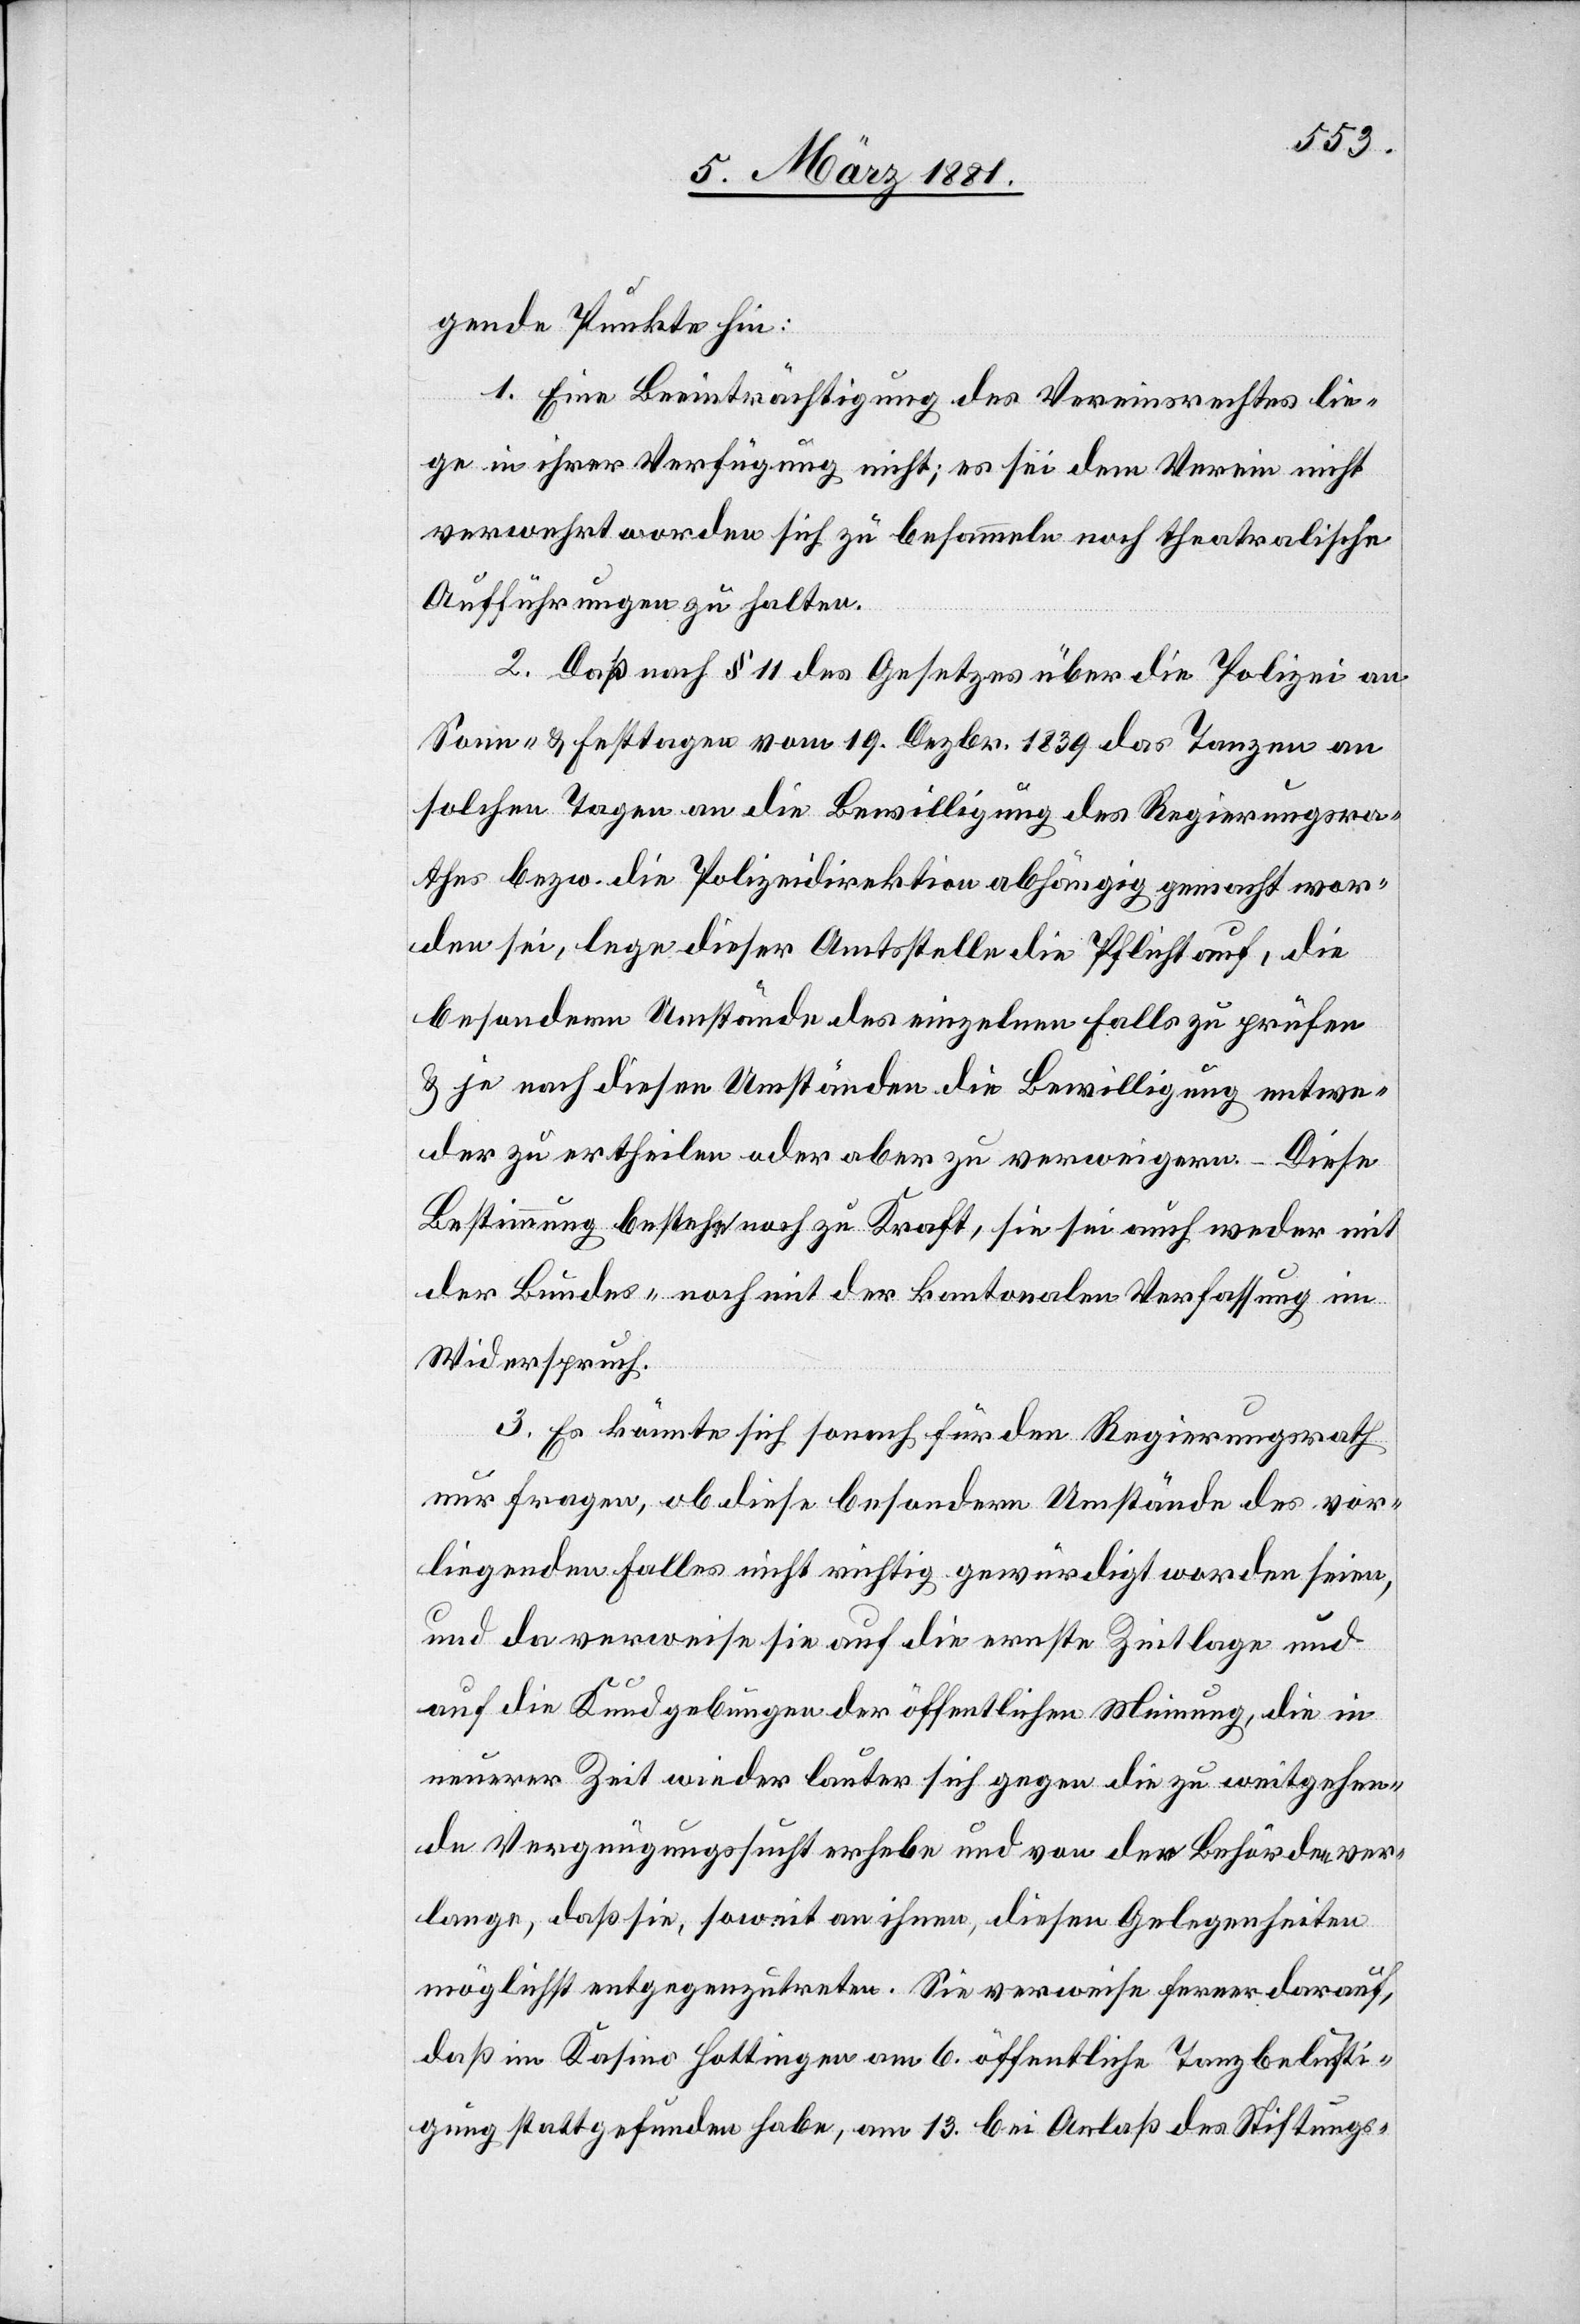
gende Punkte hin:
1. Eine Beeinträchtigung des Vereinsrathes lie¬
ge in ihrer Verfügung nicht; es sei dem Verein nicht
verwehrt worden sich zu besammeln noch theatralische
Aufführungen zu halten.
2. Daß nach § 11 des Gesetzes über die Polizei an
Sonn- & Festtagen vom 19. Dezbr. 1839 das Tanzen an
solchen Tagen an die Bewilligung des Regierungsra¬
thes bezw. die Polizeidirektion abhängig gemacht wor¬
den sei, lege dieser Amtsstelle die Pflicht auf, die
besondern Umstände des einzelnen Falls zu prüfen
& je nach diesen Umständen die Bewilligung entwe¬
der zu ertheilen oder aber zu verweigern. – Diese
Bestimmung bestehe noch zu Kraft, sie sei auch weder mit
der Bundes- noch mit der kantonalen Verfassung im
Widerspruch.
3. Es könnte sich sonach für den Regierungsrath
nur fragen, ob diese besondern Umstände des vor¬
liegenden Falles nicht richtig gewürdigt worden seien,
und da verweise sie auf die ernste Zeitlage und
auf die Kundgebungen der öffentlichen Meinung, die in
neuerer Zeit wieder lauter sich gegen die zu weitgehen¬
de Vergnügungssucht erhebe und von den Behörden ver¬
lange, daß sie, soweit an ihnen, diesen Gelegenheiten
möglichst entgegenzutreten. Sie verweise ferner darauf,
daß im Kasino Hottingen am 6. öffentliche Tanzbelusti¬
gung stattgefunden habe, am 13. bei Anlaß des Stiftungs-